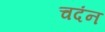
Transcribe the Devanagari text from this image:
चदंन